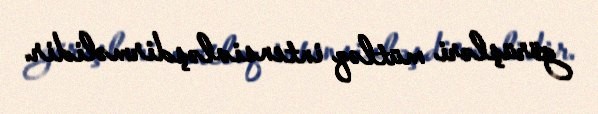
görüşləri mütləq intensivləşdirməlidir.